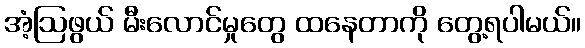
အံ့ဩဖွယ် မီးလောင်မှုတွေ ထနေတာကို တွေ့ရပါမယ်။